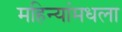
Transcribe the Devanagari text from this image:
महिन्यांमधला